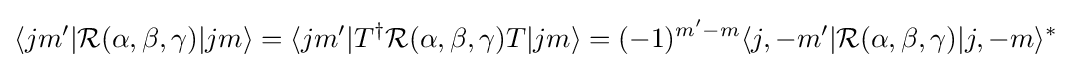
\langle jm'|{\mathcal {R}}(\alpha ,\beta ,\gamma )|jm\rangle =\langle jm'|T^{\dagger }{\mathcal {R}}(\alpha ,\beta ,\gamma )T|jm\rangle =(-1)^{m'-m}\langle j,-m'|{\mathcal {R}}(\alpha ,\beta ,\gamma )|j,-m\rangle ^{*}